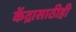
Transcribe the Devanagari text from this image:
केंद्रासाठीही